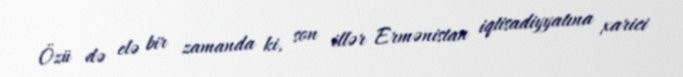
Özü də elə bir zamanda ki, son illər Ermənistan iqtisadiyyatına xarici